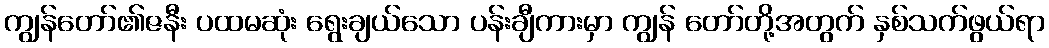
ကျွန်တော်၏ဇနီး ပထမဆုံး ရွေးချယ်သော ပန်းချီကားမှာ ကျွန် တော်တို့အတွက် နှစ်သက်ဖွယ်ရာ